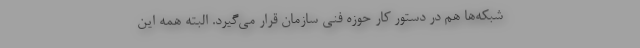
شبکه‌ها هم در دستور کار حوزه فنی سازمان قرار می‌گیرد. البته همه این